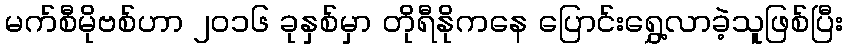
မက်စီမိုဗစ်ဟာ ၂၀၁၆ ခုနှစ်မှာ တိုရီနိုကနေ ပြောင်းရွှေ့လာခဲ့သူဖြစ်ပြီး